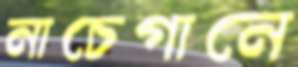
নাচেগানে